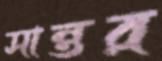
সান্তর